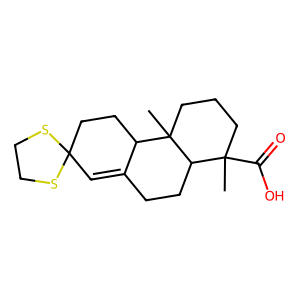
SMILES: CC1(C(=O)O)CCCC2(C)C3CCC4(C=C3CCC12)SCCS4
Inhibits HIV replication: No